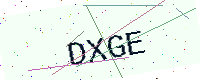
Text: DXGE